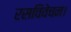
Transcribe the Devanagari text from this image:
रसविवेचन।